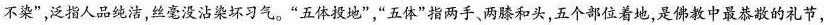
不染”，泛指人品纯洁，丝毫没沾染坏习气。”五体投地”，”五体”指两手、两膝和头，五个部位着地，是佛教中最恭敬的礼节，